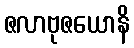
ဇလာဗုဇယောနိ